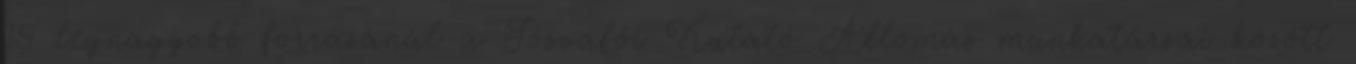
15 legnagyobb forrásánál a Jósvafői Kutató Állomás munkatársai között